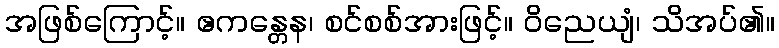
အဖြစ်ကြောင့်။ ဧကန္တေန၊ စင်စစ်အားဖြင့်။ ဝိညေယျံ၊ သိအပ်၏။